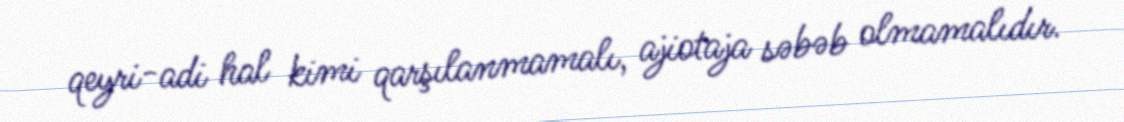
qeyri-adi hal kimi qarşılanmamalı, ajiotaja səbəb olmamalıdır.